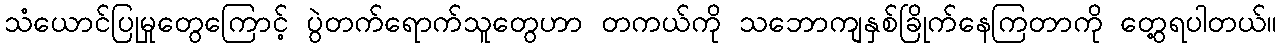
သံယောင်ပြုမှုတွေကြောင့် ပွဲတက်ရောက်သူတွေဟာ တကယ်ကို သဘောကျနှစ်ခြိုက်နေကြတာကို တွေ့ရပါတယ်။